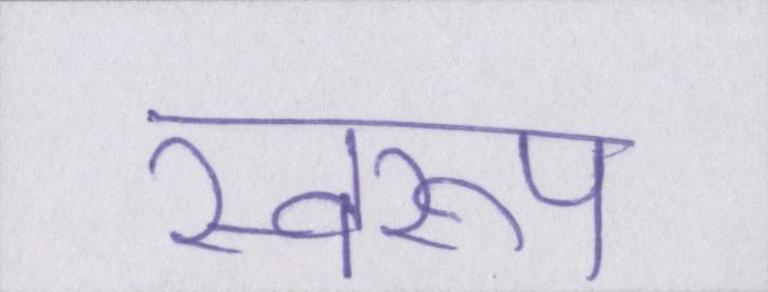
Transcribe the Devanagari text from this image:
स्वरूप